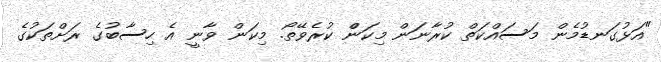
"އަޅުގަނޑުމެން މަސައްކަތް ކުރާނަން މިކަންް ކުރެވޭތޯ. މިކަން ވާނީ އެ ހިސާބުގެ ރަށްތަކުގެ